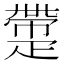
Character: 𤴟